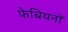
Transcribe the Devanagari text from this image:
फेबियनों